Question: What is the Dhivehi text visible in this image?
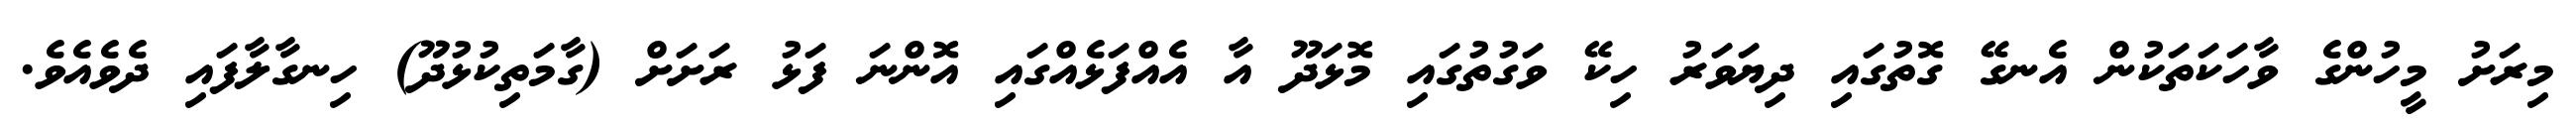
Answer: މިރަށު މީހުންގެ ވާހަކަތަކުން އެނގޭ ގޮތުގައި ދިޔަވަރު ހިކޭ ވަގުތުގައި މޮޅަދޫ އާ އެއްފަޅެއްގައި އޮންނަ ފަޅު ރަށަށް (ގާމަތިކުޅުދޫ) ހިނގާލާފައި ދެވެއެވެ.